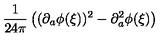
\frac { 1 } { 2 4 \pi } \left( ( \partial _ { a } \phi ( \xi ) ) ^ { 2 } - \partial _ { a } ^ { 2 } \phi ( \xi ) \right)